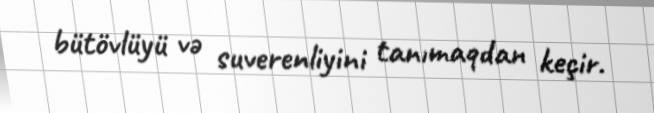
bütövlüyü və suverenliyini tanımaqdan keçir.